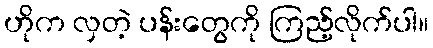
ဟိုက လှတဲ့ ပန်းတွေကို ကြည့်လိုက်ပါ။